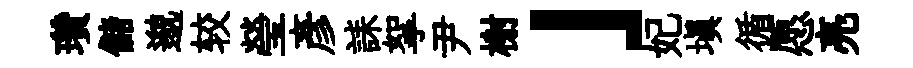
瓚儲邈较瑩彥誄挐尹榭」妃填循愿亮